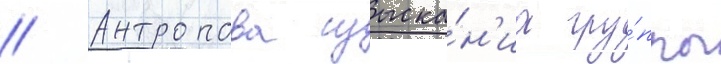
// Антропова изыска́н'иа гру́ппы